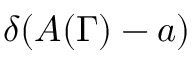
\delta ( A ( \Gamma ) - a )